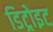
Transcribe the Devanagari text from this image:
डिट्रोइट